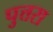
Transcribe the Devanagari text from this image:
पुत्तरा